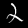
Digit: 2